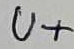
Text: U+